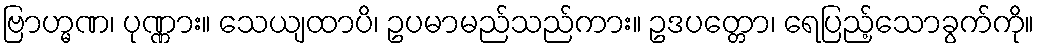
ဗြာဟ္မဏ၊ ပုဏ္ဏား။ သေယျထာပိ၊ ဥပမာမည်သည်ကား။ ဥဒပတ္တော၊ ရေပြည့်သောခွက်ကို။